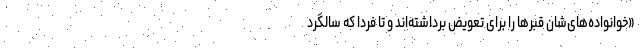
«خوانواده‌های‌شان قبرها را برای تعویض برداشته‌اند و تا فردا که سالگرد